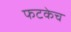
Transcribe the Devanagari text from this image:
फटकेच